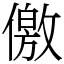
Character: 儌